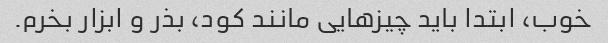
خوب، ابتدا باید چیزهایی مانند کود، بذر و ابزار بخرم.